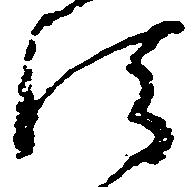
法